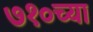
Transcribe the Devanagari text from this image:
७१०च्या